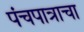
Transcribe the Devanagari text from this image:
पंचपात्राचा